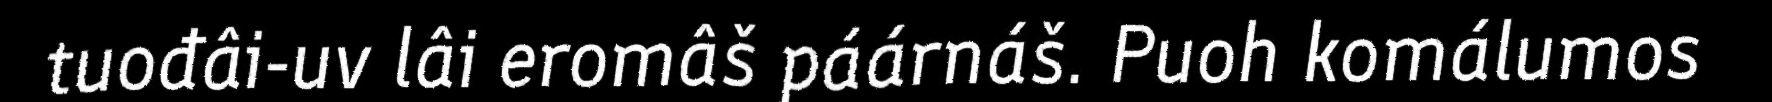
tuođâi-uv lâi eromâš páárnáš. Puoh komálumos